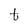
Character: t